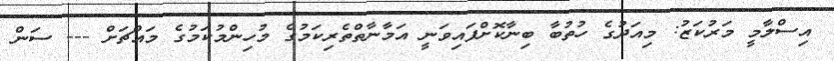
އިސްލާމީ މަރުކަޒު: މިއަދުގެ ހުތުބާ ބިނާކޮށްފައިވަނީ އަމާނާތްތެރިކަމުގެ މުހިންމުކަމުގެ މައްޗަށް --- ސަން